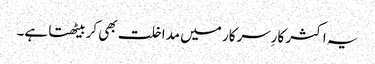
یہ اکثر کارِسرکار میں مداخلت بھی کربیٹھتا ہے۔